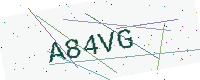
Text: A84VG